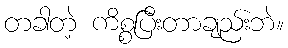
တခါတဲ့ ကိစ္စပြီးတာချည်းဘဲ။